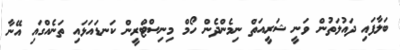
ބަލާފައި ދައުލަތުން ވަނީ ޝަރީއަތް ނިމެންދެން ހޯމް މިނިސްޓްރީން ކަނޑައަޅައި ތަނެއްގައި އޭނާ